画像に写った文字を読んでください
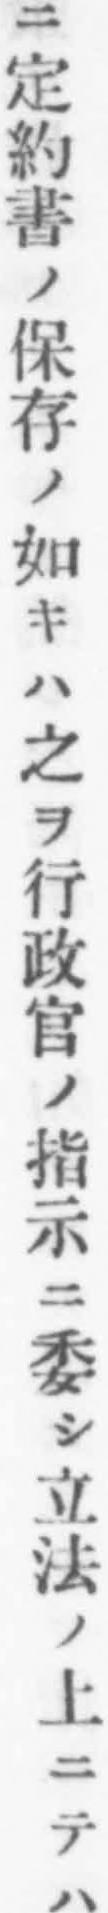
「ニ定約書ノ保存ノ如キハ之ヲ行政官ノ指示ニ委シ立法ノ上ニテハ」と書いてあります